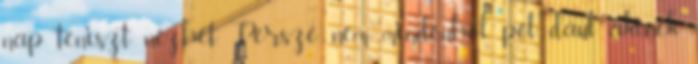
nap teniszt nézhet. Persze nem mindenhol, pél­ dául akinek